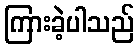
ကြားခဲ့ပါသည်